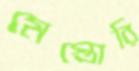
মেস্তোরি